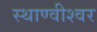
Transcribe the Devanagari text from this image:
स्थाण्वीश्वर